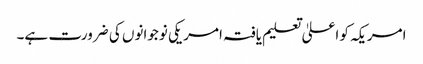
امریکہ کو اعلیٰ تعلیم یافتہ امریکی نوجوانوں کی ضرورت ہے۔